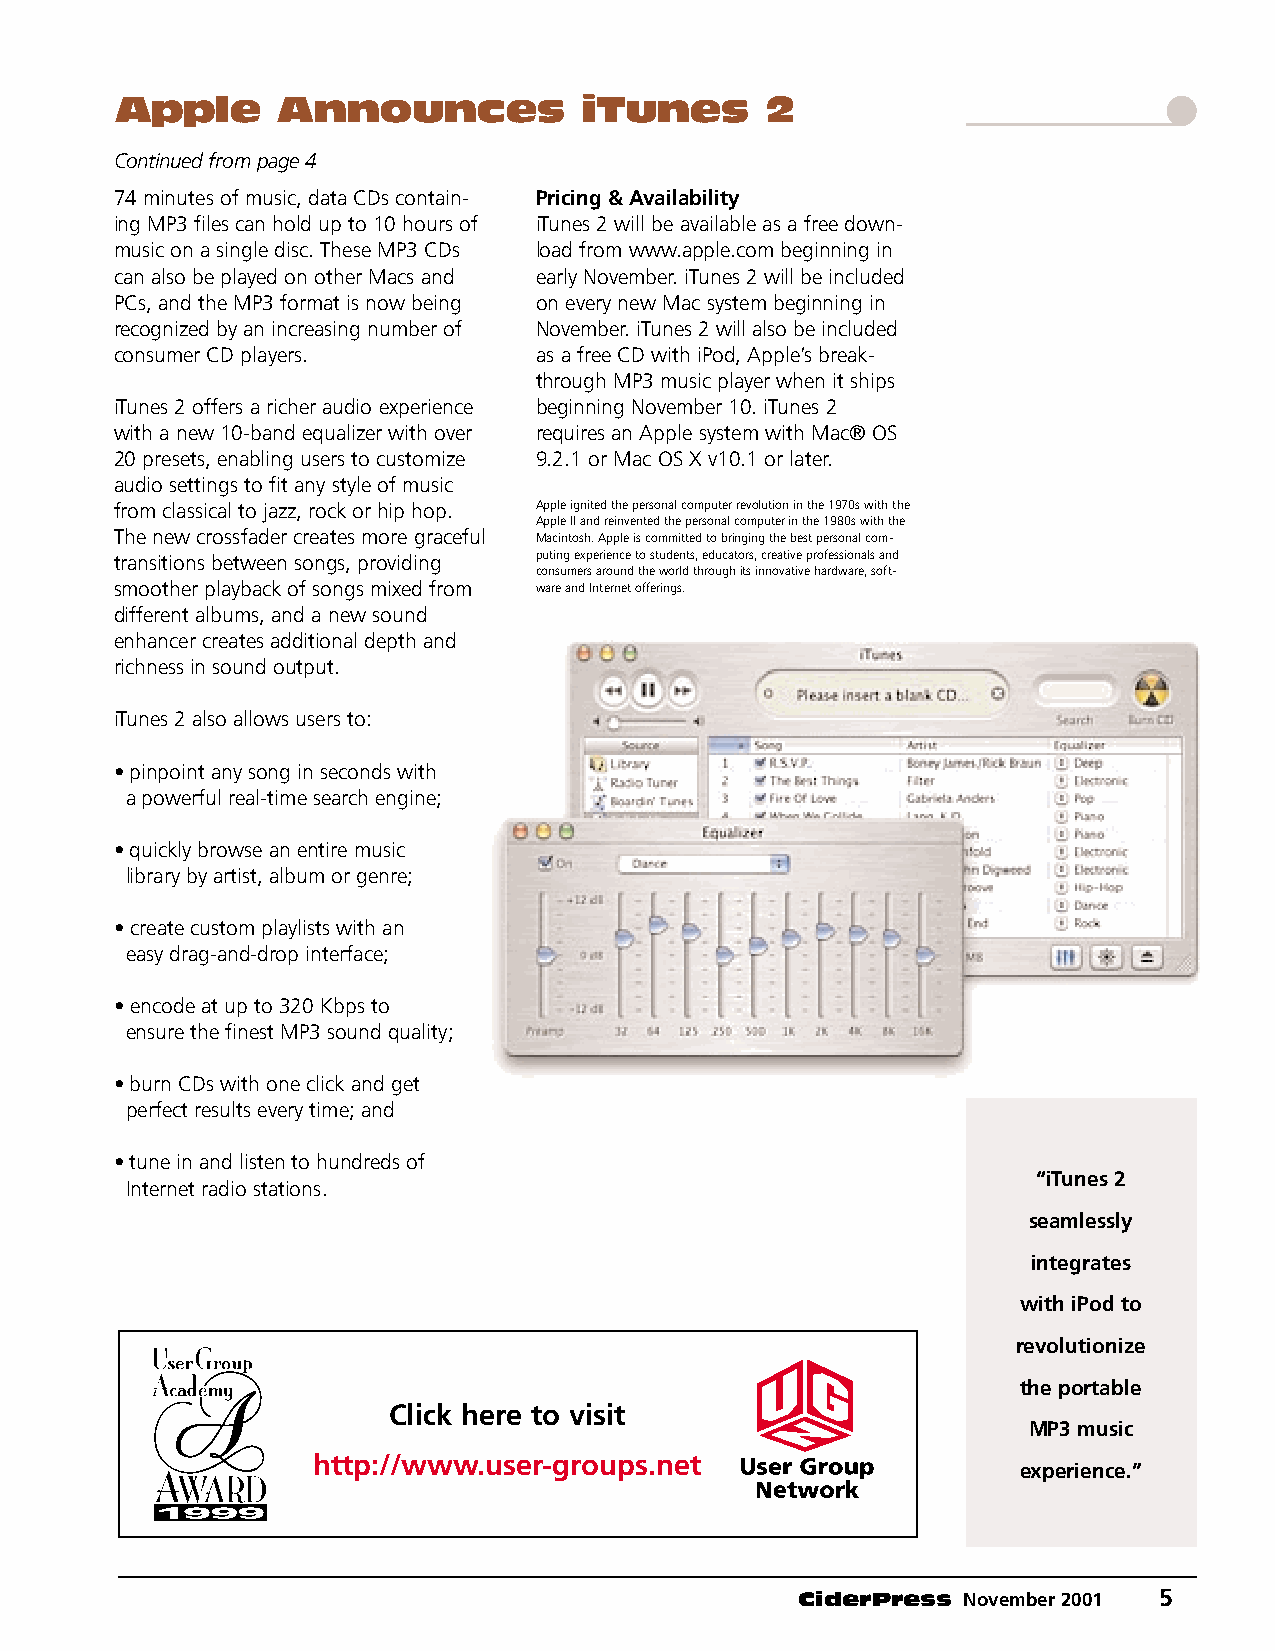
Apple     Announces           iTunes       2                         "
 Continued from page 4
 74 minutes of music, data CDs contain- Pricing & Availability
 ing MP3 files can hold up to 10 hours of iTunes 2 will be available as a free down-
 music on a single disc. These MP3 CDs load from www.apple.com beginning in
 can also be played on other Macs and early November. iTunes 2 will be included
 PCs, and the MP3 format is now being on every new Mac system beginning in
 recognized by an increasing number of November. iTunes 2 will also be included
 consumer CD players.       as a free CD with iPod, Apple’s break-
 through MP3 music player when it ships
 iTunes 2 offers a richer audio experience beginning November 10. iTunes 2
 with a new 10-band equalizer with over requires an Apple system with Mac® OS
 20 presets, enabling users to customize 9.2.1 or Mac OS X v10.1 or later.
 audio settings to fit any style of music
 from classical to jazz, rock or hip hop. Apple ignited the personal computer revolution in the 1970s with the
 Apple II and reinvented the personal computer in the 1980s with the
 The new crossfader creates more graceful Macintosh. Apple is committed to bringing the best personal com-
 transitions between songs, providing puting experience to students, educators, creative professionals and
 consumers around the world through its innovative hardware, soft-
 smoother playback of songs mixed from ware and Internet offerings.
 different albums, and a new sound
 enhancer creates additional depth and
 richness in sound output.
 iTunes 2 also allows users to:
 • pinpoint any song in seconds with
 a powerful real-time search engine;
 • quickly browse an entire music
 library by artist, album or genre;
 • create custom playlists with an
 easy drag-and-drop interface;
 • encode at up to 320 Kbps to
 ensure the finest MP3 sound quality;
 • burn CDs with one click and get
 perfect results every time; and
 • tune in and listen to hundreds of
 Internet radio stations.                                   “Th“ieT ufancets t 2h at
 speeaompllee sasrley
 copying music
 integrates
 files so freely,
 F                                                         with iPod to
 and putting
 MN
 trheevmol uotnio tnhiezier
 wethbe s ipteosr tsahboleu ld
 Click here to visit                      be a clue to the
 MP3 music
 music industry.”
 http://www.user-groups.net
 experience.”
 CiderPress November 2001 5